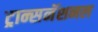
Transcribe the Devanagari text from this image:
ट्रान्सनॅशनल